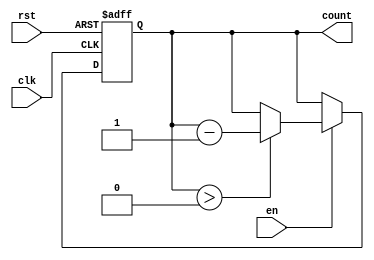
module decremental_counter (
    input wire clk,          // Clock signal
    input wire rst,          // Asynchronous reset signal
    input wire en,           // Enable signal
    output reg [3:0] count   // 4-bit output count
);

// Define the maximum count value
parameter MAX_COUNT = 4'b1111; // 15 in decimal

// Asynchronous reset and decrement logic
always @(posedge clk or posedge rst) begin
    if (rst) begin
        count <= MAX_COUNT; // Reset to maximum count value
    end else if (en) begin
        if (count > 0) begin
            count <= count - 1; // Decrement the count
        end
        // If count is 0, it holds the value (no underflow)
    end
end

endmodule